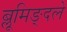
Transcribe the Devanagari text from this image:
ब्लूमिङ्दले